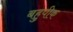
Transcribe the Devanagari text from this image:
बहुपीक